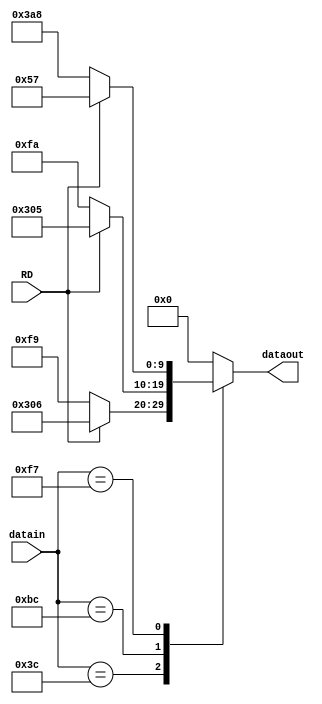
module kcode8to10 (input [7:0] datain, 
            input RD,
            output [9:0] dataout);

	reg [9:0] outTemp;
	localparam K280 = 8'h1c,
			   K281 = 8'h3c,
			   K282 = 8'h5c,
			   K283 = 8'h7c,
			   K284 = 8'h9c,
			   K285 = 8'hbc,
			   K286 = 8'hdc,
			   K237 = 8'hf7,
			   K277 = 8'hfb,
			   K297 = 8'hfd,
			   K307 = 8'hfe;

	assign dataout = outTemp;

	always @(*) begin
		case (datain)
			K281: begin
				outTemp = (RD) ? 10'b110000_0110 : 10'b001111_1001;
			end
			K285: begin
				outTemp = (RD) ? 10'b110000_0101 : 10'b001111_1010;
			end
			K237: begin
				outTemp = (RD) ? 10'b000101_0111 : 10'b111010_1000;
			end
			default: outTemp = 10'b0;
		endcase
	end

endmodule